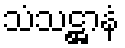
သံသဋ္ဌာနံ